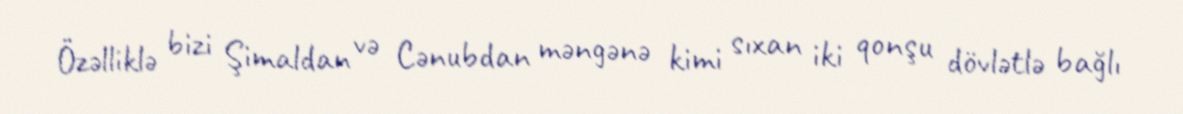
Özəlliklə bizi Şimaldan və Cənubdan məngənə kimi sıxan iki qonşu dövlətlə bağlı